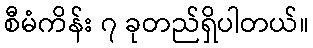
စီမံကိန်း ၇ ခုတည်ရှိပါတယ်။